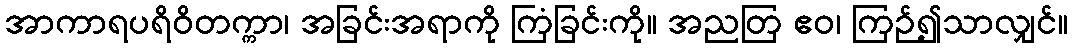
အာကာရပရိဝိတက္ကာ၊ အခြင်းအရာကို ကြံခြင်းကို။ အညတြ ဧဝ၊ ကြဉ်၍သာလျှင်။